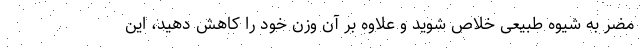
مضر به شیوه طبیعی خلاص شوید و علاوه بر آن وزن خود را کاهش دهید، این